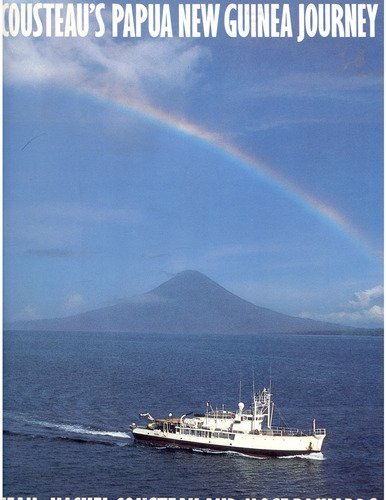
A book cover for Cousteau's Papua New Guinea Journey; Jean-Michel Cousteau; History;